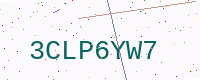
Text: 3CLP6YW7